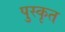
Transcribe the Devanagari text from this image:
पुस्कृत